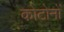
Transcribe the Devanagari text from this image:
कोटोनों